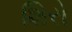
શિરો